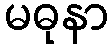
မဓုနာ